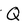
Character: Q